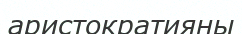
аристократияны